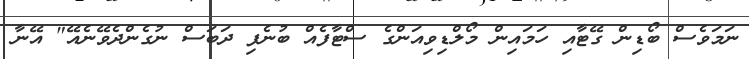
ނަމަވެސް ބޯޑިން ގޭޓާއި ހަމައިން މޯލްޑިވިއަންގެ ސްޓާފެއް ބުނެފި ދަބަސް ނުގެންދެވޭނެއޭ" އޭނާ